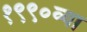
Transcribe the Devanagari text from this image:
१९९०व्या